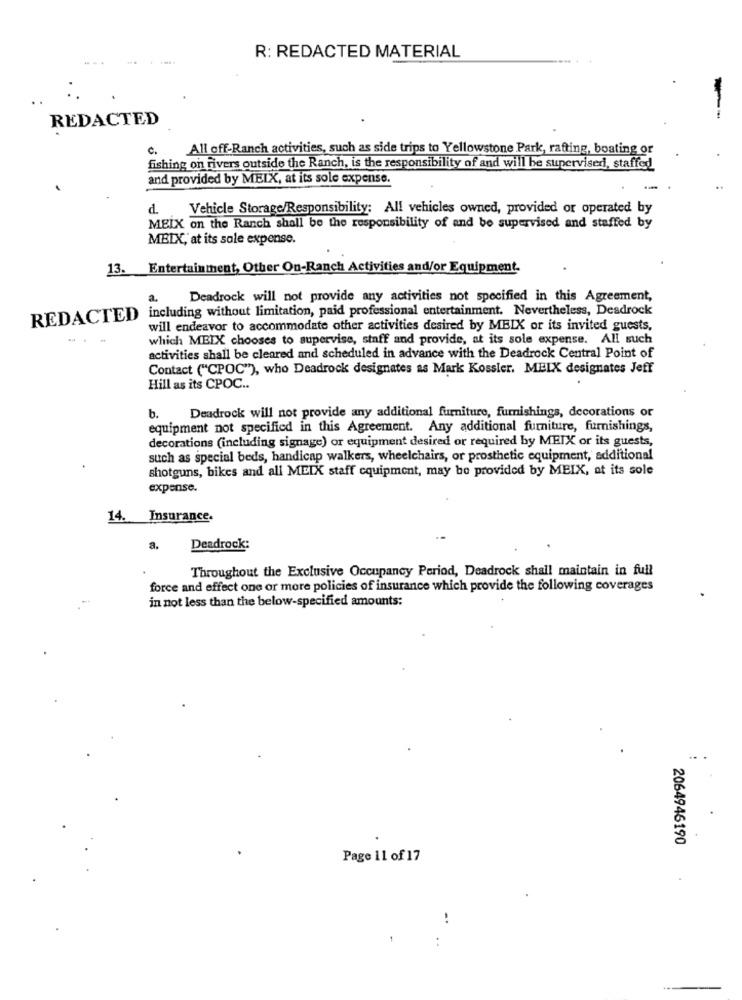
R: REDACTED MATERIAL
-
REDACTED
c.
All off-Ranch activities, such as side trips to Yellowstone Park, rafting, boating or
fishing on rivers outside the Ranch, is the responsibility of and will be supervised, staffed
and provided by MEIX, at its sole expense.
d. Vehicle Storage/Responsibility: All vehicles owned, provided or operated by
MEIX on the Ranch shall be the responsibility of and be supervised and staffed by
MBIX, at its sole expense.
13. Entertainment, Other On-Ranch Activities and/or Equipment-
2.
Deadrock will not provide any activities not specified in this Agreement,
REDACTED) including without limitation, paid professional entertainment. Nevertheless, Deadrock
will endeavor to accommodate other activities desired by MEIX or its invited guests,
which MEIX chooses to supervise, staff and provide, at its sole expense. All such
activities shall be cleared and scheduled in advance with the Deadrock Central Point of
Contact ("CPOC"), who Deadrock designates as Mark Kossler. MEIX designates Jeff
Hill as its CPOC ..
Deadrock will not provide any additional furniture, furnishings, decorations or
b.
equipment not specified in this Agreement. Any additional furniture, furnishings,
decorations (including signage) or equipment desired or required by MEIX or its guests,
such as special beds, handicap walkers, wheelchairs, or prosthetic equipment, additional
shotguns, bikes and all MEIX staff equipment, may be provided by MEIX, at its sole
expense.
14. Insurance.
a.
Deadrock:
Throughout the Exclusive Occupancy Period, Deadrock shall maintain in full
force and effect one or more policies of insurance which provide the following coverages
in not less than the below-specified amounts:
2064946190
Page 11 of 17
. .